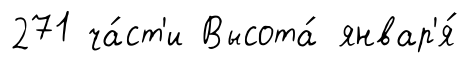
271 ча́ст'и Высота́ январ'я́